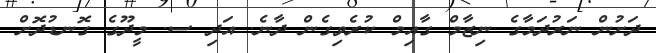
ދަށުން ނަރުދަމާގެ ނިޒާމް ގާއިމް ކުރެވިގެން ދާނެ. އަދި ސ. މީދޫގެ ގޮނޑުދޮށް